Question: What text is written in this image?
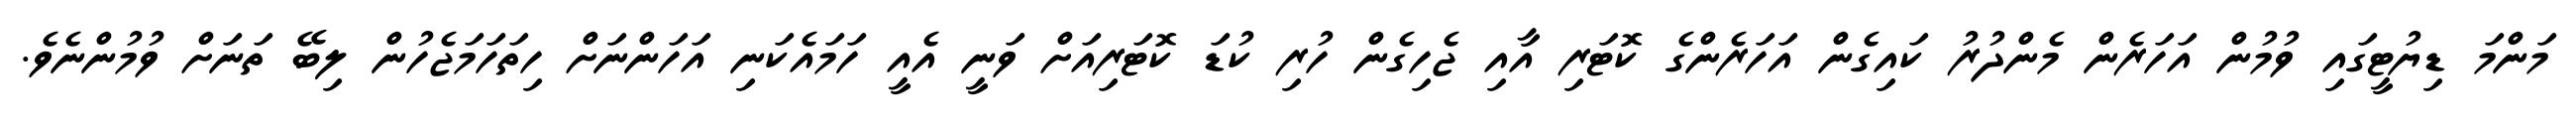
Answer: މަންމަ ޑިޔުޓީގައި ވުމުން އަހަރެން މެންދުރު ކައިގެން އަހަރެންގެ ކޮޓަރި އާއި ޖެހިގެން ހުރި ކުޑަ ކޮޓަރިއަށް ވަނީ އެއީ ހަމައެކަނި އަހަންނަށް ހިތަހަމަޖެހުން ލިބޭ ތަނަށް ވުމުންނެވެ.